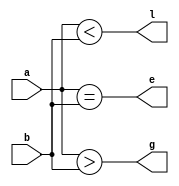
//4bit comparator
module ex13(input[3:0]a,b,output l,e,g);
assign l=a<b;
assign e=a==b;
assign g=a>b;
endmodule


module tb;
reg [3:0]a,b;
wire l,e,g;
ex13 i1(a,b,l,e,g);
initial begin
$monitor($time," a=%b b=%b less=%b equal=%b greater=%b",a,b,l,e,g);
a=4'b0001;b=4'b1010;
#10a=4'b1010;b=4'b1010;
#10a=4'b1101;b=4'b1000;
end
endmodule